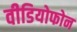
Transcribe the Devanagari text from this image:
वीडियोफोन